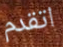
اتقدم